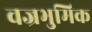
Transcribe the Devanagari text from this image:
वज्रभुमिक